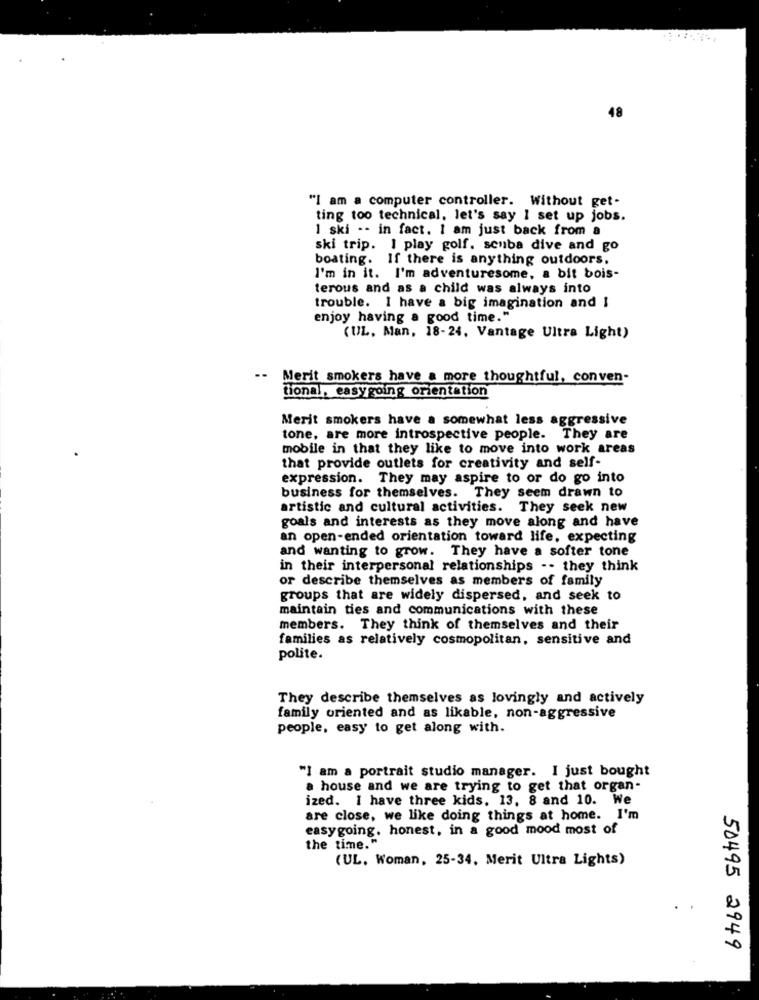
48
"I am a computer controller. Without get-
ting too technical, let's say I set up jobs.
1 ski -- in fact. I am just back from a
ski trip. I play golf. scuba dive and go
boating. If there is anything outdoors.
I'm in it. I'm adventuresome, a bit bois-
terous and as a child was always into
trouble. I have a big imagination and I
enjoy having a good time."
(UL. Man, 18-24. Vantage Ultra Light)
Merit smokers have a more thoughtful, conven-
tional, easygoing orientation
Merit smokers have a somewhat less aggressive
tone, are more introspective people. They are
mobile in that they like to move into work areas
that provide outlets for creativity and self-
expression. They may aspire to or do go into
business for themselves. They seem drawn to
artistic and cultural activities. They seek new
goals and interests as they move along and have
an open-ended orientation toward life, expecting
and wanting to grow. They have a softer tone
in their interpersonal relationships -- they think
or describe themselves as members of family
groups that are widely dispersed, and seek to
maintain ties and communications with these
members. They think of themselves and their
families as relatively cosmopolitan, sensitive and
polite.
They describe themselves as lovingly and actively
family oriented and as likable, non-aggressive
people, easy to get along with.
"I am a portrait studio manager. I just bought
a house and we are trying to get that organ-
ized. I have three kids. 13, 8 and 10. We
are close, we like doing things at home. I'm
easygoing. honest, in a good mood most of
the time."
(UL. Woman, 25-34, Merit Ultra Lights)
50495 2949